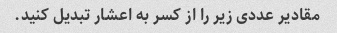
مقادیر عددی زیر را از کسر به اعشار تبدیل کنید.